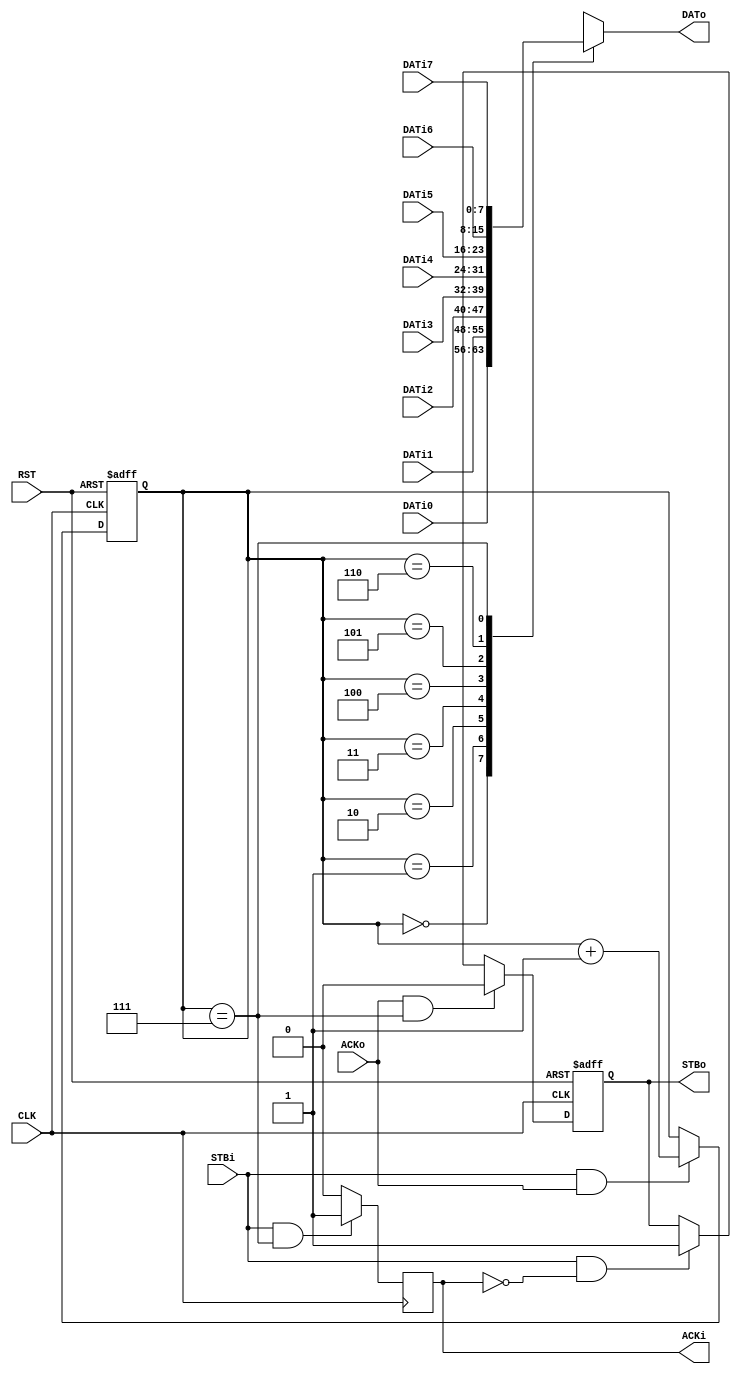
module DEMUX
(
input wire		CLK,
input wire		RST,

output reg	STBo,
output wire[7:0] DATo,
input wire ACKo,

input wire STBi,
input wire [7:0] DATi0,
input wire [7:0] DATi1,
input wire [7:0] DATi2,
input wire [7:0] DATi3,
input wire [7:0] DATi4,
input wire [7:0] DATi5,
input wire [7:0] DATi6,
input wire [7:0] DATi7,
output wire ACKi
);

reg [2:0] index;
wire [7:0] RAM [0:7]; 
//reg [7:0]DATwy;
reg acki;
assign ACKi=acki;
assign RAM[0]=DATi0;
assign RAM[1]=DATi1;
assign RAM[2]=DATi2;
assign RAM[3]=DATi3;
assign RAM[4]=DATi4;
assign RAM[5]=DATi5;
assign RAM[6]=DATi6;
assign RAM[7]=DATi7;
assign DATo=RAM[index];

always @(posedge CLK)
	if(((STBi==1) && (index==7))) acki<=1;	  
	else acki<=0;	
	 
always @(posedge CLK or posedge RST)
		if(RST) index<=0;
		else if (((STBi==1) && (ACKo==1))) index<=(index+1);
		else index<=index;

always @(posedge CLK or posedge RST)
	if(RST) STBo<=0;
	else if((ACKo==1) && (index==7)) STBo <= 0;	   	
	else if(STBi & ~ACKi ) STBo <= 1;		  
	else STBo<=STBo;


endmodule